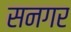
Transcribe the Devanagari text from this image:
सनगर